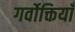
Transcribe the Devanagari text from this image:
गर्वोक्तियाँ